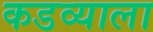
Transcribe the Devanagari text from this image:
कडव्याला